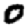
Digit: 0